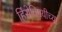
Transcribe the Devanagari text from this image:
हिंसेविषयीच्या